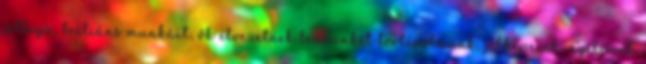
jellegű, briliáns munkáit, ők elvezetnek bennünket történelmünk, jelképeink, nyelvünk